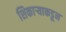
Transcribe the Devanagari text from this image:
शिकाऱ्याकडून